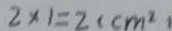
2 \times 1 = 2 ( c m ^ { 2 } )